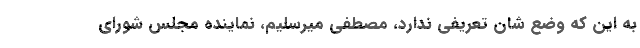
به این که وضع شان تعریفی ندارد، مصطفی میرسلیم، نماینده مجلس شورای